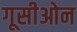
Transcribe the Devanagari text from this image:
गूसीओन